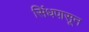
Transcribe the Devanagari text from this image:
सिंधपासून